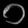
Digit: ၀